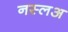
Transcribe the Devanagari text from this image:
नस्लअ